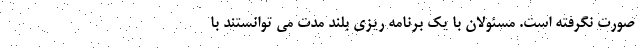
صورت نگرفته است. مسئولان با یک برنامه ریزی بلند مدت می توانستند با